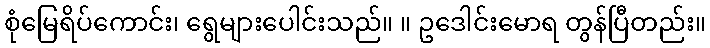
စုံမြေရိပ်ကောင်း၊ ရွေများပေါင်းသည်။ ။ ဥဒေါင်းမောရ တွန်ပြီတည်း။